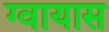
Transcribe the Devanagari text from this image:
ग्वायास